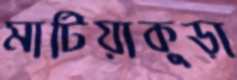
মাটিয়াকুড়া